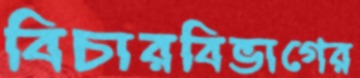
বিচারবিভাগের